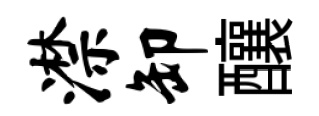
潸卸釀